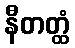
နီတတ္ထံ